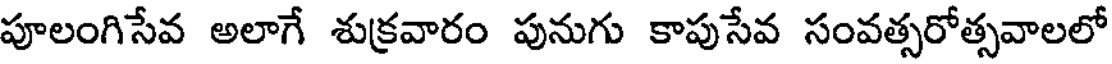
పూలంగిసేవ అలాగే శుక్రవారం పునుగు కాపుసేవ సంవత్సరోత్సవాలలో